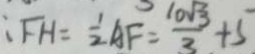
F H = \frac { 1 } { 2 } A F = \frac { 1 0 \sqrt { 3 } } { 3 } + 5